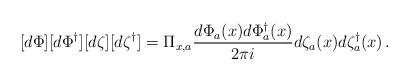
LaTeX: \begin{align*}[d \Phi] [d \Phi^\dagger] [d \zeta] [d \zeta^\dagger] = \Pi_{x, a}\frac{d \Phi_a(x) d \Phi^\dagger_a (x)}{2 \pi i} d \zeta_a (x) d \zeta^\dagger_a (x) \, .\end{align*}